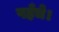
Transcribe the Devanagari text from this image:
पहँचे।